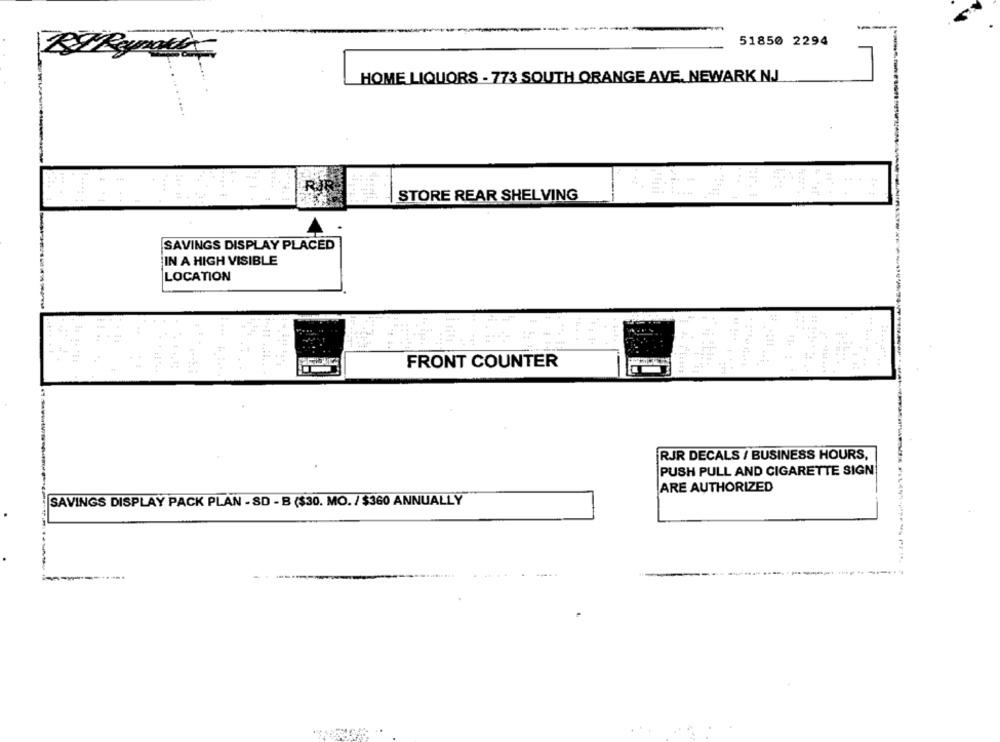
51850 2294
HOME LIQUORS - 773 SOUTH ORANGE AVE. NEWARK NJ
RIR
STORE REAR SHELVING
SAVINGS DISPLAY PLACED
IN A HIGH VISIBLE
LOCATION
FRONT COUNTER
RJR DECALS / BUSINESS HOURS,
PUSH PULL AND CIGARETTE SIGN
ARE AUTHORIZED
SAVINGS DISPLAY PACK PLAN - SD - B ($30. MO. / $360 ANNUALLY